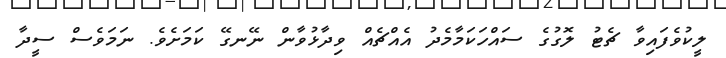
ލީކުވެފައިވާ ޗެޓު ލޮގުގެ ސައްހަކަމާމެދު އެއްޗެއް ވިދާޅުވާން ނޭނގޭ ކަމަށެވެ. ނަމަވެސް ސީދާ